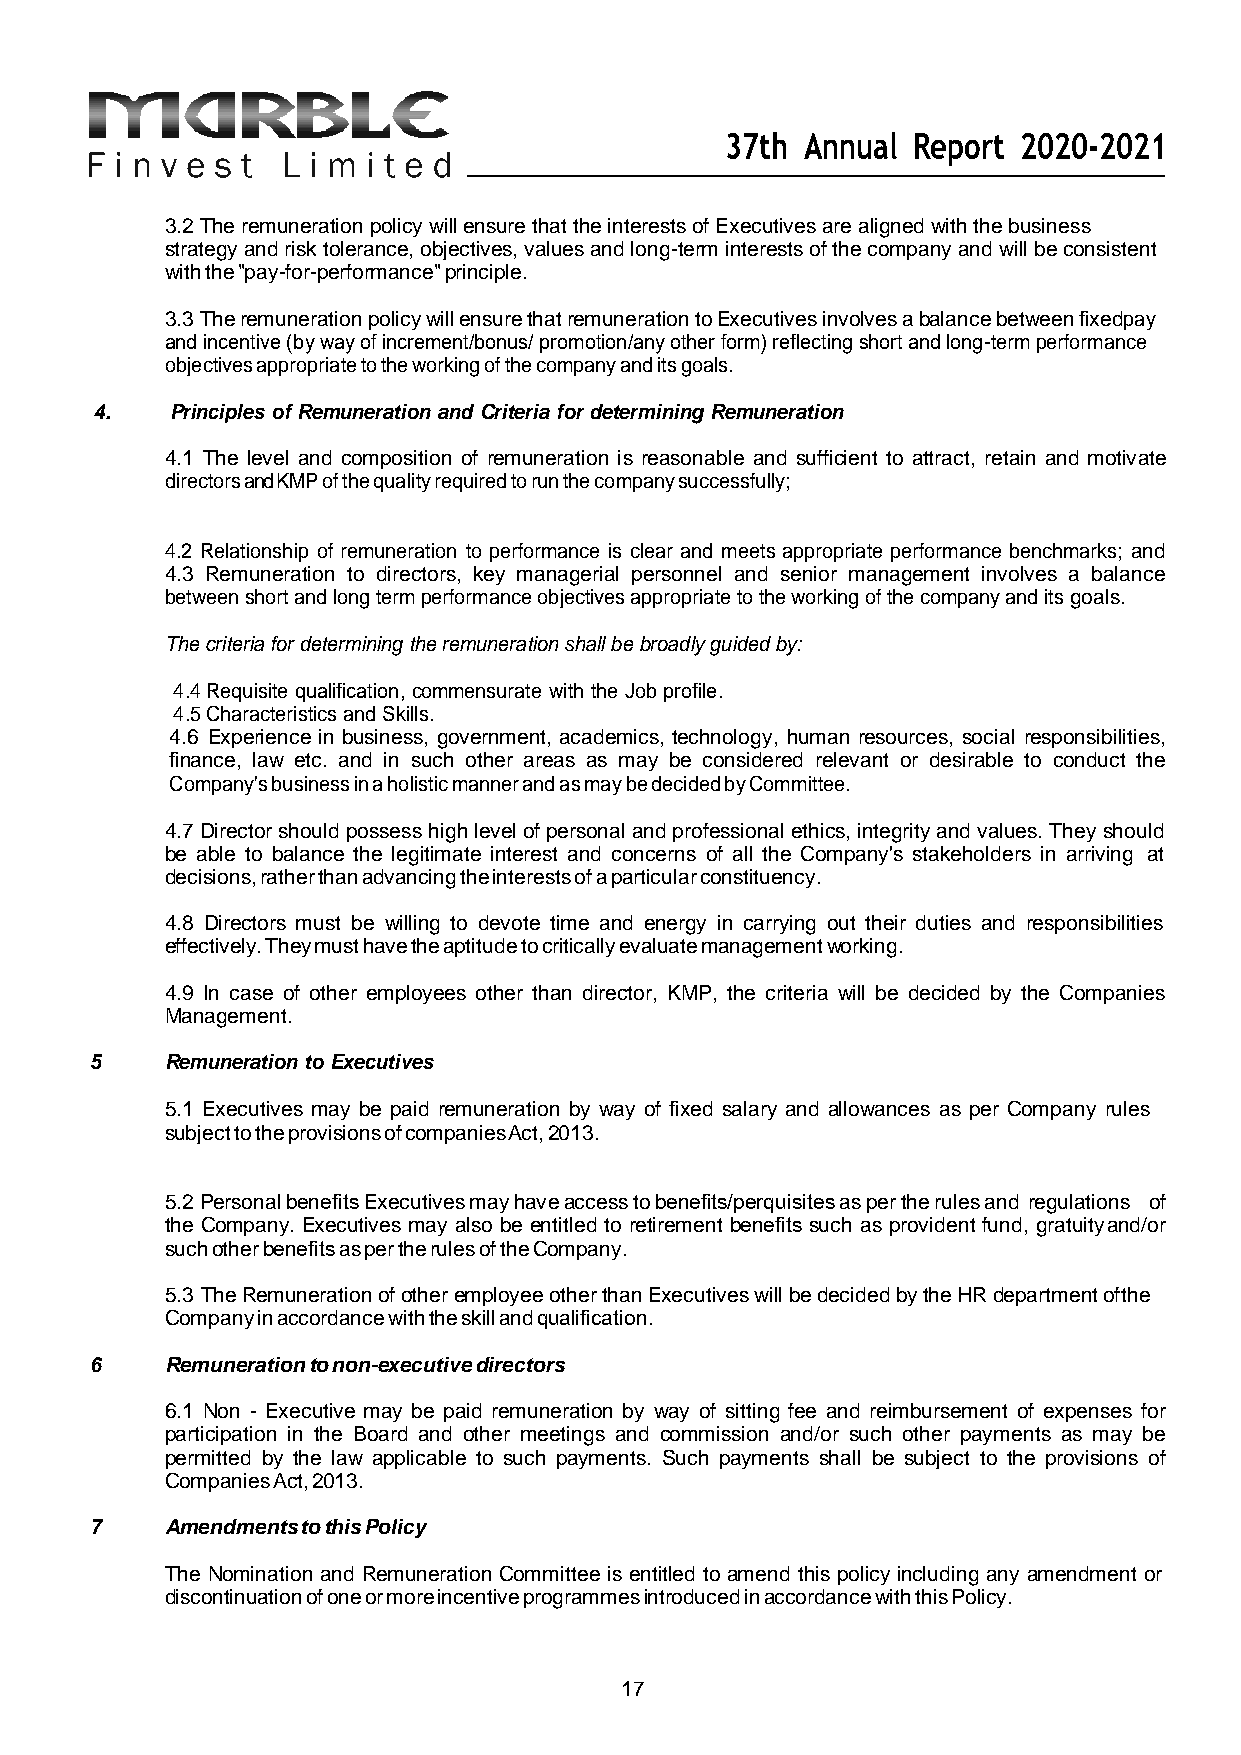
37th Annual Report 2020-2021
 3.2 The remuneration policy will ensure that the interests of Executives are aligned with the business
 strategy and risk tolerance, objectives, values and long-term interests of the company and will be consistent
 with the "pay-for-performance" principle.
 3.3 The remuneration policy will ensure that remuneration to Executives involves a balance between fixed pay
 and incentive (by way of increment/bonus/ promotion/any other form) reflecting short and long-term performance
 objectives appropriate to the working of the company and its goals.
 4.   Principles of Remuneration and Criteria for determining Remuneration
 4.1 The level and composition of remuneration is reasonable and sufficient to attract, retain and motivate
 directors and KMP of the quality required to run the company successfully;
 4.2 Relationship of remuneration to performance is clear and meets appropriate performance benchmarks; and
 4.3 Remuneration to directors, key managerial personnel and senior management involves a balance
 between short and long term performance objectives appropriate to the working of the company and its goals.
 The criteria for determining the remuneration shall be broadly guided by:
 4.4 Requisite qualification, commensurate with the Job profile.
 4.5 Characteristics and Skills.
 4.6 Experience in business, government, academics, technology, human resources, social responsibilities,
 finance, law etc. and in such other areas as may be considered relevant or desirable to conduct the
 Company's business in a holistic manner and as may be decided by Committee.
 4.7 Director should possess high level of personal and professional ethics, integrity and values. They should
 be able to balance the legitimate interest and concerns of all the Company's stakeholders in arriving at
 decisions, rather than advancing the interests of a particular constituency.
 4.8 Directors must be willing to devote time and energy in carrying out their duties and responsibilities
 effectively. They must have the aptitude to critically evaluate management working.
 4.9 In case of other employees other than director, KMP, the criteria will be decided by the Companies
 Management.
 5    Remuneration to Executives
 5.1 Executives may be paid remuneration by way of fixed salary and allowances as per Company rules
 subject to the provisions of companies Act, 2013.
 5.2 Personal benefits Executives may have access to benefits/perquisites as per the rules and regulations of
 the Company. Executives may also be entitled to retirement benefits such as provident fund, gratuity and/or
 such other benefits as per the rules of the Company.
 5.3 The Remuneration of other employee other than Executives will be decided by the HR department of the
 Company in accordance with the skill and qualification.
 6    Remuneration to non-executive directors
 6.1 Non - Executive may be paid remuneration by way of sitting fee and reimbursement of expenses for
 participation in the Board and other meetings and commission and/or such other payments as may be
 permitted by the law applicable to such payments. Such payments shall be subject to the provisions of
 Companies Act, 2013.
 7    Amendments to this Policy
 The Nomination and Remuneration Committee is entitled to amend this policy including any amendment or
 discontinuation of one or more incentive programmes introduced in accordance with this Policy.
 17